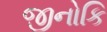
જીનોકિ